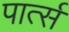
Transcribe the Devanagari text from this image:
पार्त्स